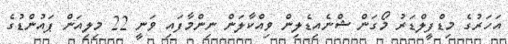
އަހަރުގެ މިޑްފީލްޑަރު މޯގަން ޝްނެއިޑެލިން ވިއްކާލަން ނިންމާފައި ވަނީ 22 މިލިއަން ޕައުންޑުގެ